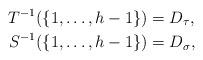
LaTeX: \begin{align*}T^{-1}(\{1,\dots,h-1\})&=D_{\tau},\\S^{-1}(\{1,\dots,h-1\})&=D_{\sigma},\end{align*}